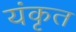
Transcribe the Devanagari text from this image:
यंकृत